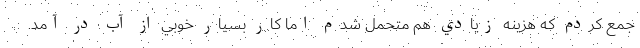
جمع كردم كه هزينه زيادي هم متحمل شدم اما كار بسيار خوبي از آب در آمد.